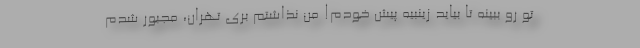
تو رو ببینه تا بیاید زینبیه پیش خودم! من نذاشتم بری تهران، مجبور شدم